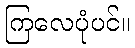
ကြလေပုံပင်။